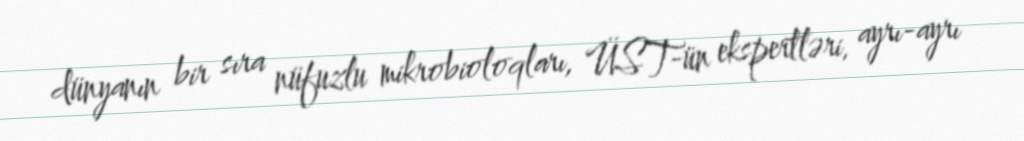
dünyanın bir sıra nüfuzlu mikrobioloqları, ÜST-ün ekspertləri, ayrı-ayrı